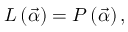
L \left( \vec { \alpha } \right) = P \left( \vec { \alpha } \right) ,